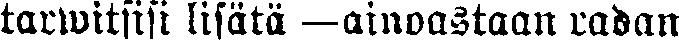
tarwitsisi lisätä —ainoastaan radan